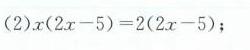
（2）$$x （ 2 x - 5 ）= 2 （ 2 x - 5 ）$$；